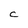
Character: C